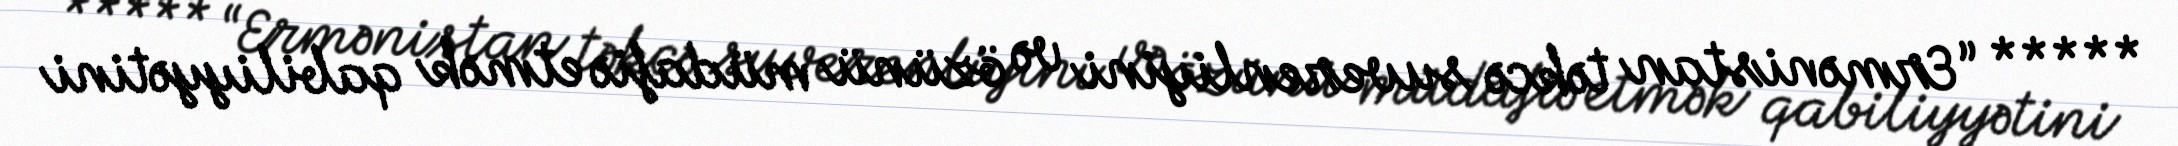
***** “Ermənistan təkcə suverenliyini və özünü müdafiə etmək qabiliyyətini